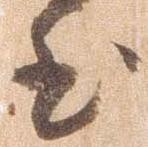
至